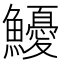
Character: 𩽇